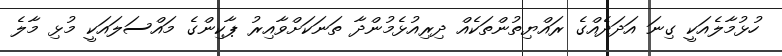
ހުޅުމާލެއަކީ ގިނަ އަދަދެއްގެ ރައްޔިތުންތަކެއް ދިރިއުޅެމުންދާ ތަނަކަށްވާއިރު ޕާކިންގެ މައްސަލައަކީ މުޅި މާލެ